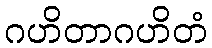
ဂဟိတာဂဟိတံ